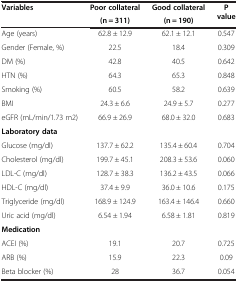
<table><thead><tr><td><b>Variables</b></td><td><b>Poor collateral</b></td><td><b>Good collateral</b></td><td><b>P value</b></td></tr><tr><td><b> </b></td><td><b>(n = 311)</b></td><td><b>(n = 190)</b></td><td><b> </b></td></tr></thead><tbody><tr><td>Age (years)</td><td>62.8 ± 12.9</td><td>62.1 ± 12.1</td><td>0.547</td></tr><tr><td>Gender (Female, %)</td><td>22.5</td><td>18.4</td><td>0.309</td></tr><tr><td>DM (%)</td><td>42.8</td><td>40.5</td><td>0.642</td></tr><tr><td>HTN (%)</td><td>64.3</td><td>65.3</td><td>0.848</td></tr><tr><td>Smoking (%)</td><td>60.5</td><td>58.2</td><td>0.639</td></tr><tr><td>BMI</td><td>24.3 ± 6.6</td><td>24.9 ± 5.7</td><td>0.277</td></tr><tr><td>eGFR (mL/min/1.73 m2)</td><td>66.9 ± 26.9</td><td>68.0 ± 32.0</td><td>0.683</td></tr><tr><td><b>Laboratory data</b></td><td> </td><td> </td><td> </td></tr><tr><td>Glucose (mg/dl)</td><td>137.7 ± 62.2</td><td>135.4 ± 60.4</td><td>0.704</td></tr><tr><td>Cholesterol (mg/dl)</td><td>199.7 ± 45.1</td><td>208.3 ± 53.6</td><td>0.060</td></tr><tr><td>LDL-C (mg/dl)</td><td>128.7 ± 38.3</td><td>136.2 ± 43.5</td><td>0.066</td></tr><tr><td>HDL-C (mg/dl)</td><td>37.4 ± 9.9</td><td>36.0 ± 10.6</td><td>0.175</td></tr><tr><td>Triglyceride (mg/dl)</td><td>168.9 ± 124.9</td><td>163.4 ± 146.4</td><td>0.660</td></tr><tr><td>Uric acid (mg/dl)</td><td>6.54 ± 1.94</td><td>6.58 ± 1.81</td><td>0.819</td></tr><tr><td><b>Medication</b></td><td> </td><td> </td><td> </td></tr><tr><td>ACEI (%)</td><td>19.1</td><td>20.7</td><td>0.725</td></tr><tr><td>ARB (%)</td><td>15.9</td><td>22.3</td><td>0.09</td></tr><tr><td>Beta blocker (%)</td><td>28</td><td>36.7</td><td>0.054</td></tr></tbody></table>